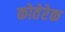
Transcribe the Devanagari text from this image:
कोतेरेक